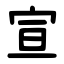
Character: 宣